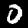
Digit: 0